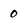
Character: 0